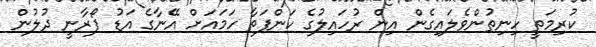
ކުރިމަތީ ހިނިތުންވެލައިގެން އިން ރުހައިލުގެ ކަންފަތާ ހަމައަށް އޭނާގެ އަޑު ފޯރާނީ ދުލުން